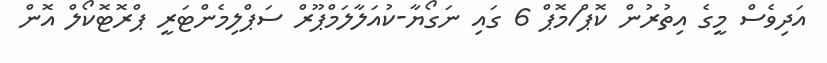
އަދިވެސް މީގެ އިތުރުން ކޮޕް/މޮޕް 6 ގައި ނަގޯޔާ-ކުއަލާލަމްޕޫރް ސަޕްލިމެންޓަރީ ޕްރޮޓޮކޯލް އޮން